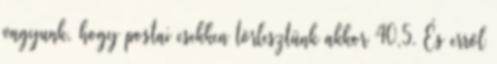
vagyunk, hogy postai csekken törlesztünk akkor 40,5. És erről